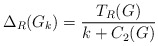
\begin{align*}\Delta_R(G_k)=\frac{T_R(G)}{k+C_2(G)}\end{align*}